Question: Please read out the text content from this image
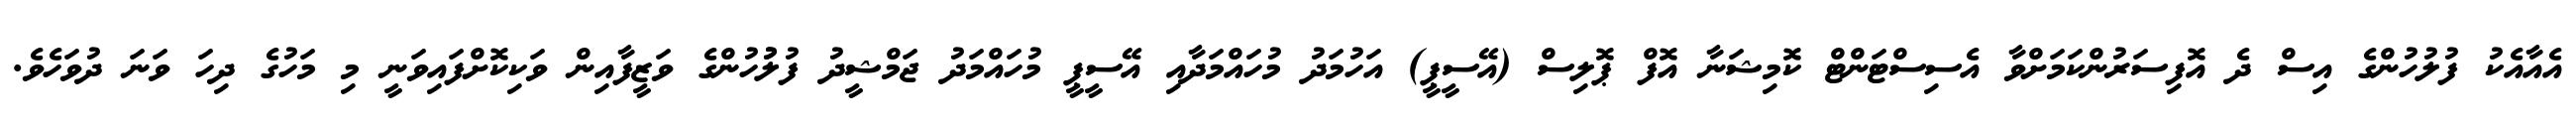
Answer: އެއާއެކު ފުލުހުންގެ އިސް ދެ އޮފިސަރުންކަމަށްވާ އެސިސްޓަންޓް ކޮމިޝަނާ އޮފް ޕޮލިސް (އޭސީޕީ) އަހުމަދު މުހައްމަދާއި އޭސީޕީ މުހައްމަދު ޖަމްޝީދު ފުލުުހުންގެ ވަޒީފާއިން ވަކިކޮށްފައިވަނީ މި މަހުގެ ދިހަ ވަނަ ދުވަހެވެ.